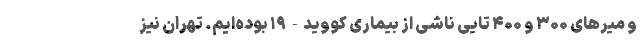
و میرهای ۳۰۰ و ۴۰۰ تایی ناشی از بیماری کووید-۱۹ بوده‌ایم. تهران نیز